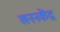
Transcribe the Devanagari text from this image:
खननकेंद्र